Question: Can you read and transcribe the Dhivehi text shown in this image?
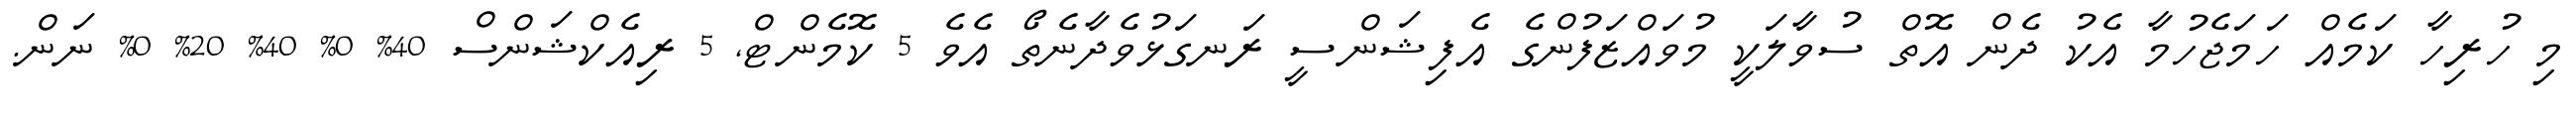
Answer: މި ހުރިހާ ކަމެއް ހަމަޖެހުމާ އެކު ދެން އޮތް ސުވާލަކީ މުވައްޒަފުންގެ އެފިޝަންސީ ރަނގަޅުވެދާނެތޯ އެވެ 5 ކޮމެންޓް, 5 ރިއެކްޝަންސް 40% 0% 40% 20% 0% ނަން.